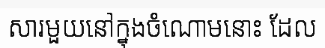
សារមួយនៅក្នុងចំណោមនោះ ដែល